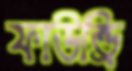
ফাউন্ড্রি